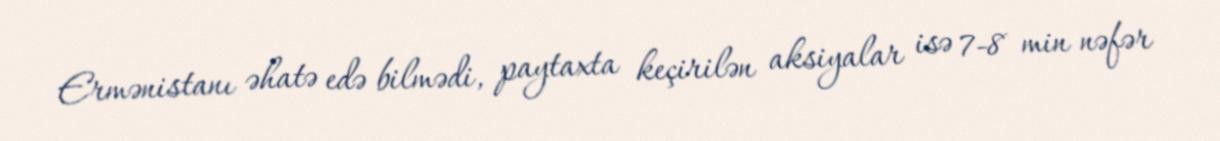
Ermənistanı əhatə edə bilmədi, paytaxta keçirilən aksiyalar isə 7-8 min nəfər